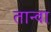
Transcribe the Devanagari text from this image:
तान्वा